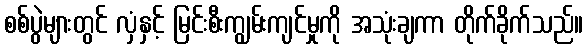
စစ်ပွဲများတွင် လှံနှင့် မြင်းစီးကျွမ်းကျင်မှုကို အသုံးချကာ တိုက်ခိုက်သည်။